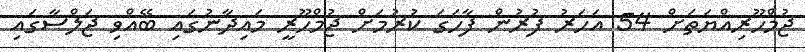
ޖުމްހޫރިއްޔަތަށް 54 އަހަރު ފުރުން ފާހަގަ ކުރުމަށް ޖުމްހޫރީ މައިދާނުގައި ބޭއްވި ޖަލްސާގައި